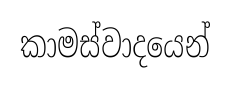
කාමස්වාදයෙන්